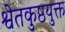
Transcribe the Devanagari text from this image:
श्वेतकुष्ठयुक्त